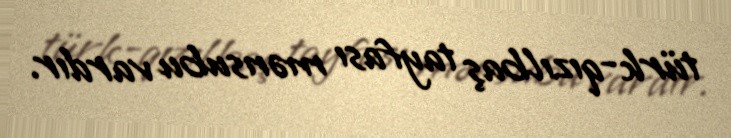
türk-qızılbaş tayfası mənsubu vardır.